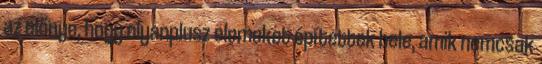
az előnye, hogy olyanplusz elemeket építettek bele, amik nemcsak